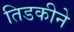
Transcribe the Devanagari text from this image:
तिडकीने